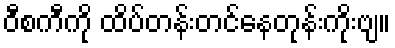
ဝီစကီကို ထိပ်တန်းတင်နေတုန်းကိုးဗျ။